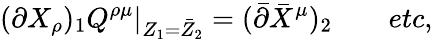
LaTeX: (\partial X_{\rho})_{1}Q^{\rho\mu}|_{Z_{1}=\bar{Z}_{2}}=(\bar{\partial}\bar{X}^{\mu})_{2}\qquad etc,